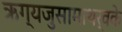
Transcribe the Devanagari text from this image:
ऋग्यजुसामाथर्वके